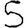
Digit: 5